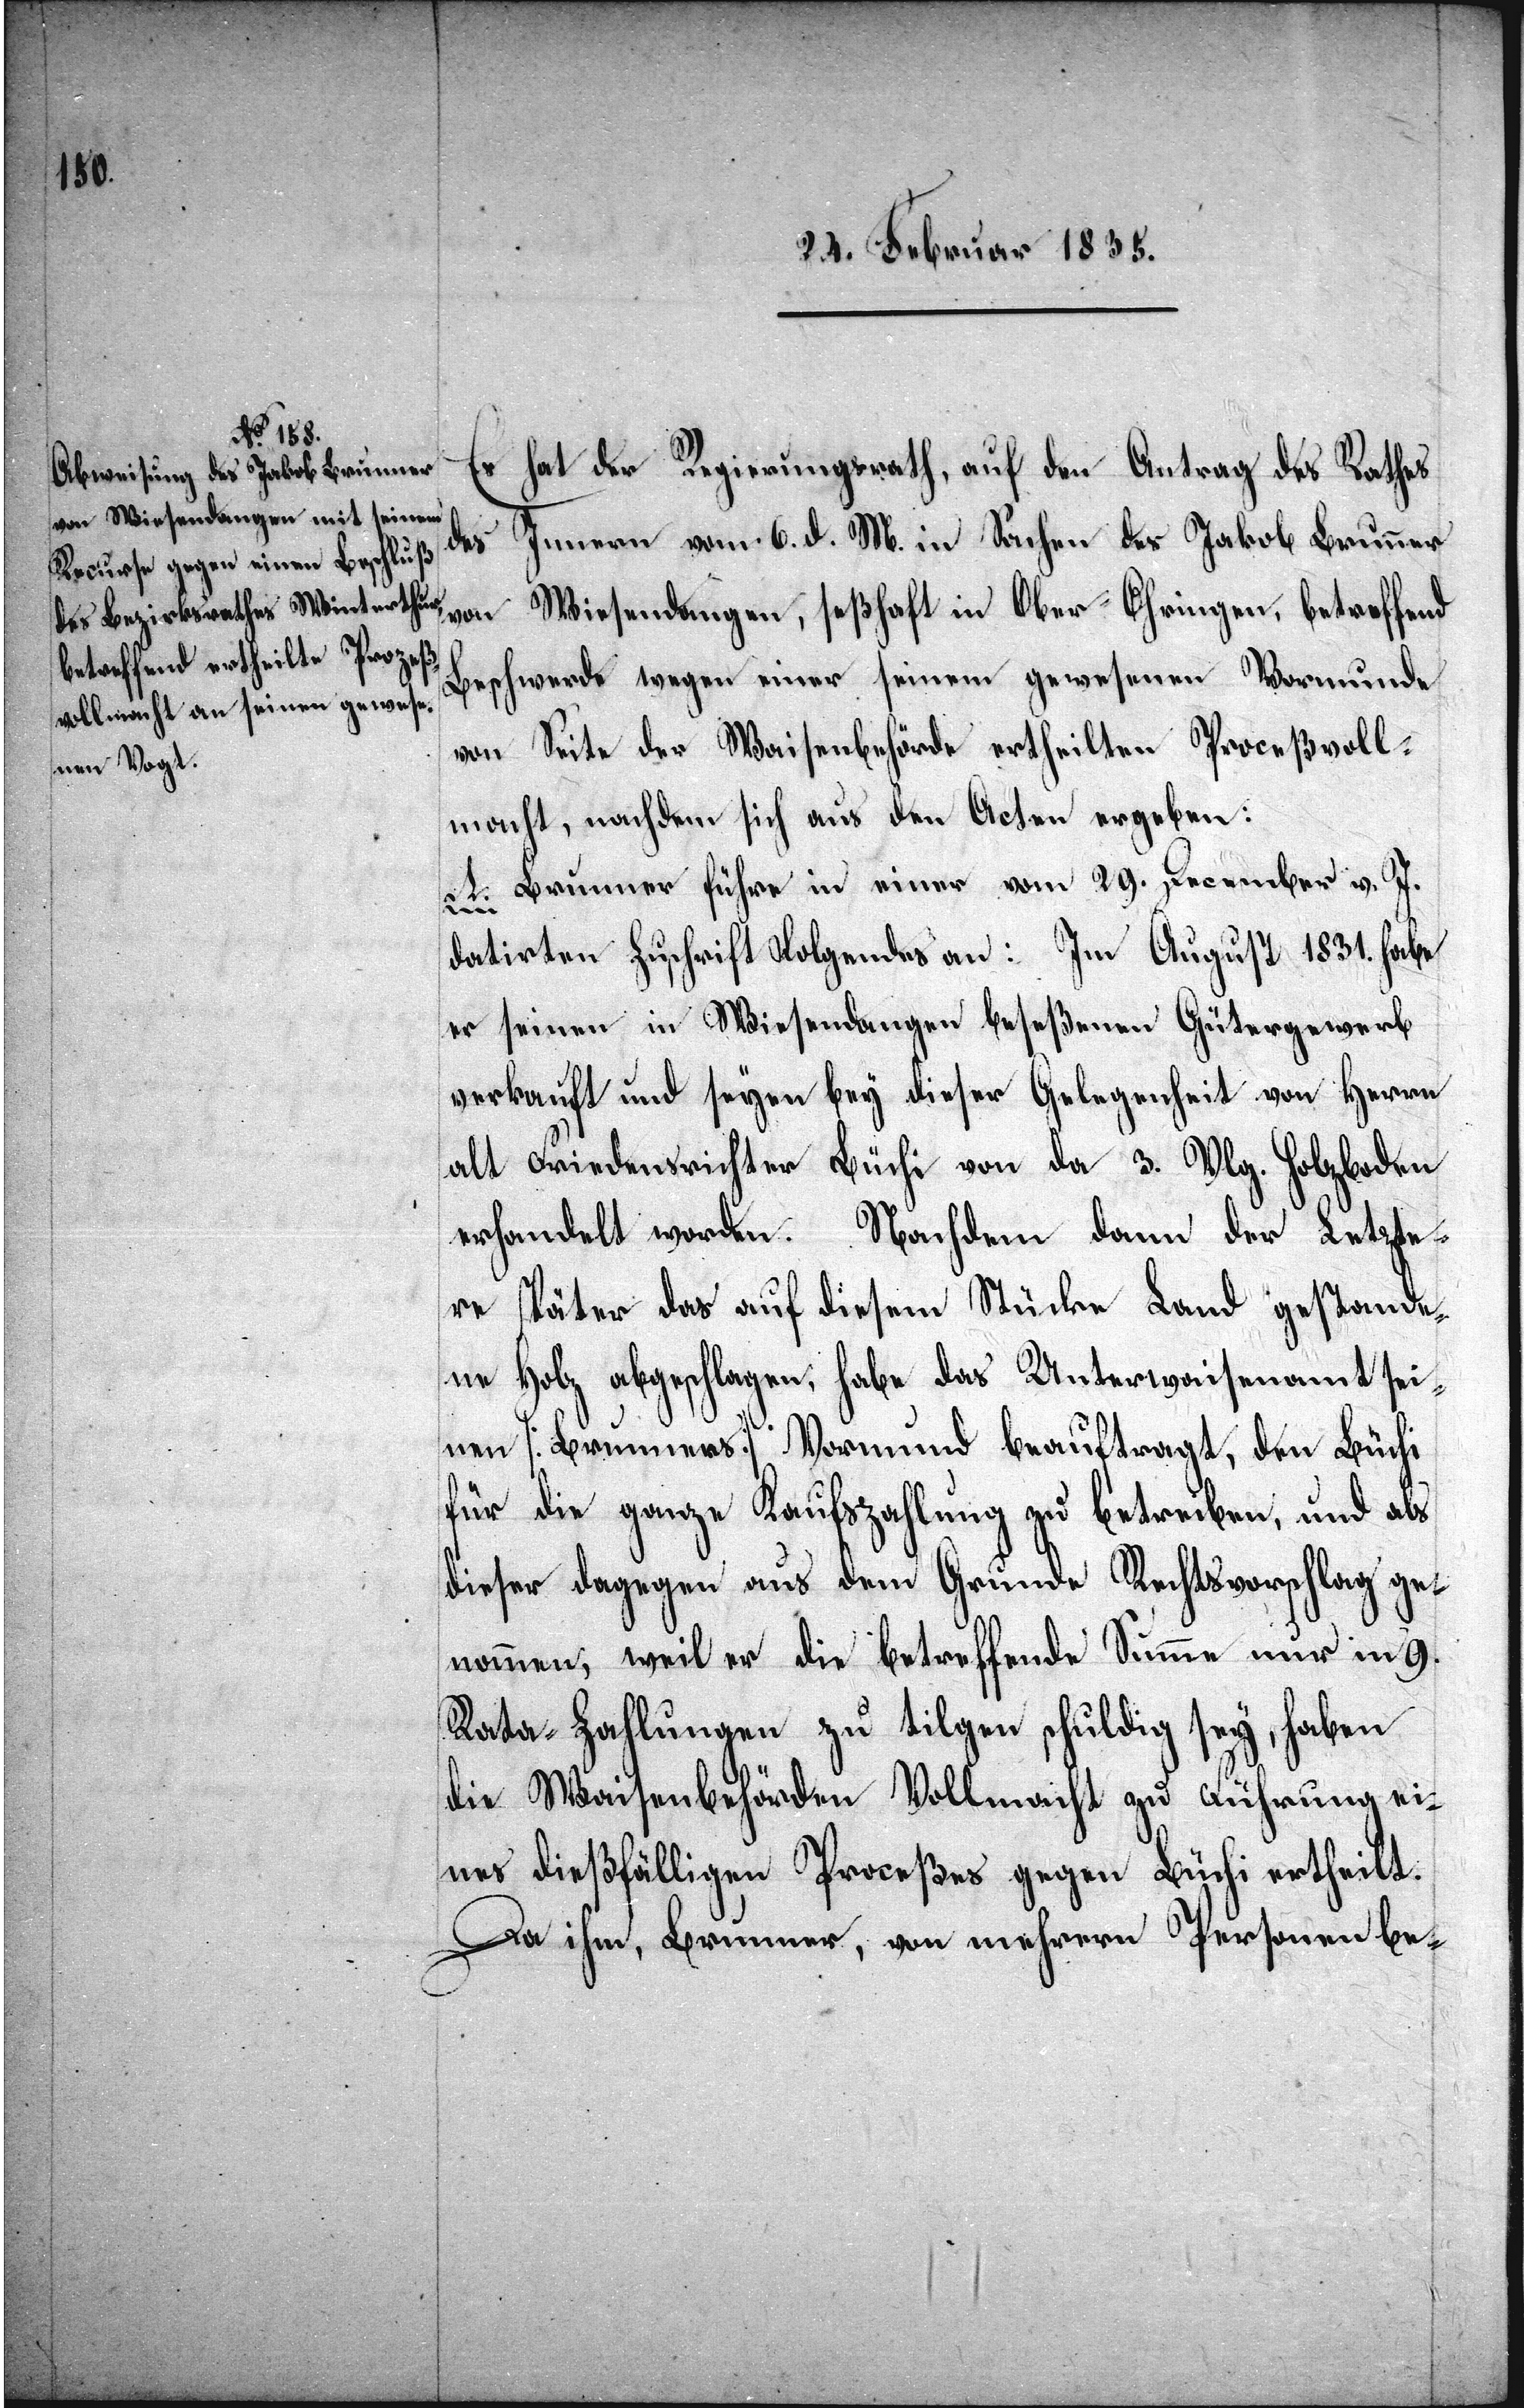
Es hat der Regierungsrath, auf den Antrag des Rathes
des Innern vom 6. d. M. in Sachen des Jakob Brunner
Wiesendangen, seßhaft in Ober-Ohringen, betreffend
von
Beschwerde wegen einer seinem gewesenen Vormunde
von Seite der Waisenbehörde ertheilten Proceßvoll¬
macht, nachdem sich aus den Acten ergeben:
A. Brunner führe in einer vom 29. December v. J.
datirten Zuschrift Folgendes an: Im August 1831. habe
er seinen in Wiesendangen beseßenen Gütergewerb
verkauft und seyen bey dieser Gelegenheit von Herrn
alt Friedensrichter Büchi von da 3. Vlg. Holzboden
erhandelt worden. Nachdem dann der Letzte¬
re später das auf diesem Stücke Land gestande¬
ne Holz abgeschlagen, habe das Unterwaisenamt sei¬
nen [Brunners] Vormund beauftragt, den Büchi
für die ganze Kaufszahlung zu betreiben, und als
dieser dagegen aus dem Grunde Rechtsvorschlag ge¬
nommen, weil er die betreffende Summe nur in 9.
Rata-Zahlungen zu tilgen schuldig sey, haben
die Waisenbehörden Vollmacht zu Führung ei¬
nes dießfälligen Proceßes gegen Büchi ertheilt.
Da ihm, Brunner, von mehrern Personen be-